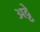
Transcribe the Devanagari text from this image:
अट्टे